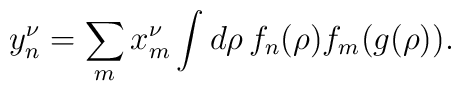
y^\nu_n=\sum_m x^\nu_m\int d\rho\,f_n(\rho)f_m(g(\rho)).